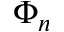
\Phi _ { n }